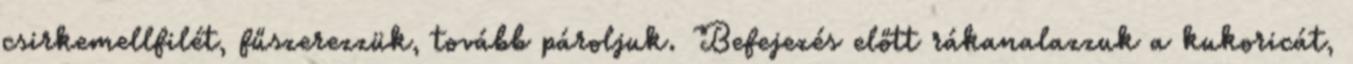
csirkemellfilét, fűszerezzük, tovább pároljuk. Befejezés előtt rákanalazzuk a kukoricát,